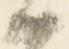
候